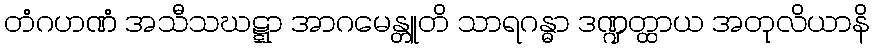
တံဂဟဏံ အသီသဃဋ္ဋာ အာဂမေန္တူတိ သာရဂန္ဓာ ဒဏ္ဍတ္ထာယ အတုလိယာနိ